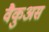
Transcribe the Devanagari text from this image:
वैकुअस